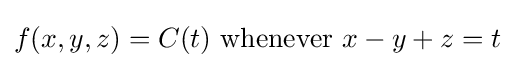
f(x,y,z)=C(t){\text{ whenever }}x-y+z=t